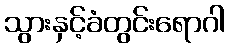
သွားနှင့်ခံတွင်းရောဂါ